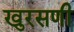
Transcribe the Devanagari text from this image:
खुरसणी